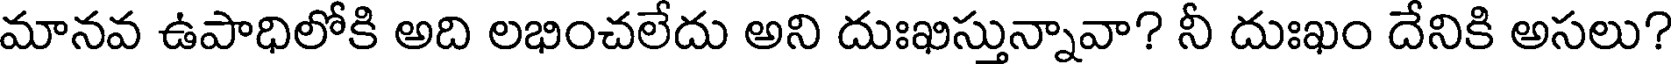
మానవ ఉపాధిలోకి అది లభించలేదు అని దుఃఖిస్తున్నావా? నీ దుఃఖం దేనికి అసలు?